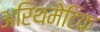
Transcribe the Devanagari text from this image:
अरिथमेटिक